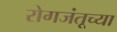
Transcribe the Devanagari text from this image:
रोगजंतूच्या